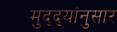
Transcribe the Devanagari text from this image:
मुद्‌द्‌यांनुसार